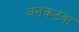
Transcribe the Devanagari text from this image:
वनकटवा